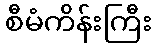
စီမံကိန်းကြီး